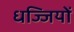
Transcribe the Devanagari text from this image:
धज्जियों